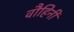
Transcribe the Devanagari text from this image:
वौहिनी